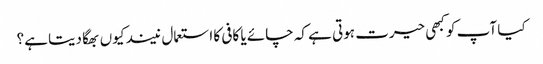
کیا آپ کو کبھی حیرت ہوتی ہے کہ چائے یا کافی کا استعمال نیند کیوں بھگا دیتا ہے؟